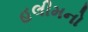
હલીમનો